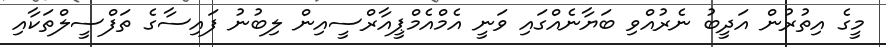
މީގެ އިތުރުން އަދީބު ނެރުއްވި ބަޔާނެއްގައި ވަނީ އެމްއެމްޕީއާރްސީއިން ލިބުނު ފައިސާގެ ތަފްސީލްތަކާއި